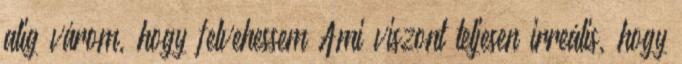
alig várom, hogy felvehessem Ami viszont teljesen irreális, hogy